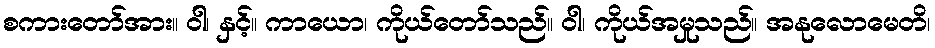
စကားတော်အား။ ဝါ၊ နှင့်။ ကာယော၊ ကိုယ်တော်သည်။ ဝါ၊ ကိုယ်အမှုသည်။ အနုလောမေတိ၊